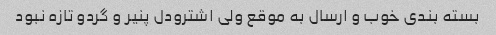
بسته بندی خوب و ارسال به موقع ولی اشترودل پنیر و گردو تازه نبود